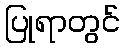
ပြုရာတွင်